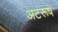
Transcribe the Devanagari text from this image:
अटरूष